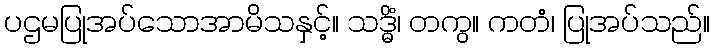
ပဌမပြုအပ်သောအာမိသနှင့်။ သဒ္ဓိံ၊ တကွ။ ကတံ၊ ပြုအပ်သည်။